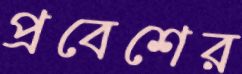
প্রবেশের